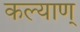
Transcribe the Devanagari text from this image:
कल्याण्